Report of the Imperial Institute of Veterinary Research, Muktesar
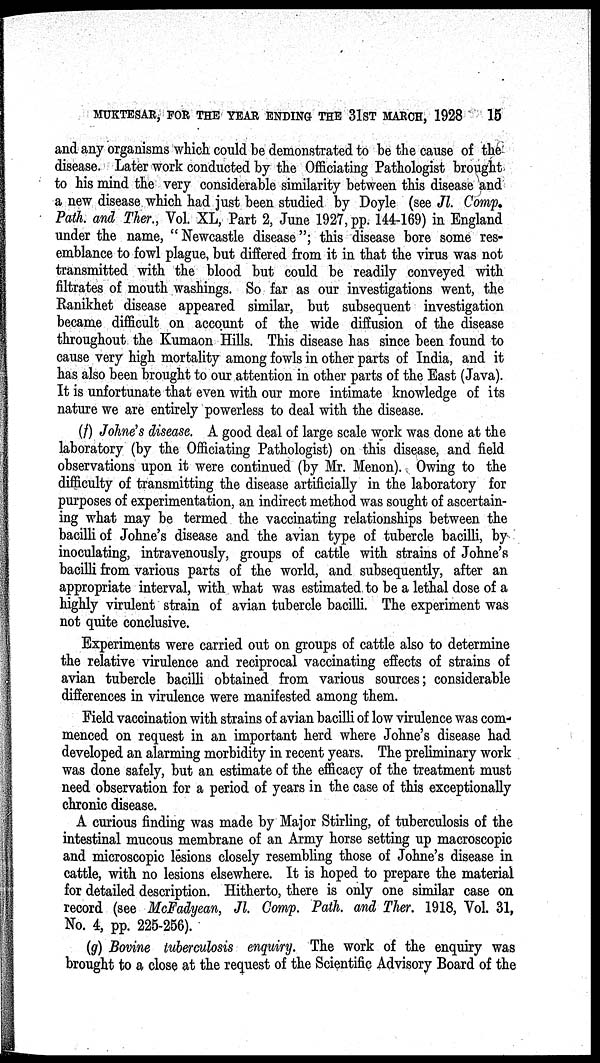
MUKTESAR, FOR THE YEAR ENDING THE 31ST MARCH, 1928
15
and any organisms which could be demonstrated to be the cause of the
disease. Later work conducted by the Officiating Pathologist brought
to his mind the very considerable similarity between this disease and
a new disease which had just been studied by Doyle (see Jl. Comp.
Path. and Ther., Vol. XL, Part 2, June 1927, pp. 144-169) in England
under the name, " Newcastle disease"; this disease bore some res-
emblance to fowl plague, but differed from it in that the virus was not
transmitted with the blood but could be readily conveyed with
filtrates of mouth washings. So far as our investigations went, the
Ranikhet disease appeared similar, but subsequent investigation
became difficult on account of the wide diffusion of the disease
throughout the Kumaon Hills. This disease has since been found to
cause very high mortality among fowls in other parts of India, and it
has also been brought to our attention in other parts of the East (Java).
It is unfortunate that even with our more intimate knowledge of its
nature we are entirely powerless to deal with the disease.
(f ) Johne's disease. A good deal of large scale work was done at the
laboratory (by the Officiating Pathologist) on this disease, and field
observations upon it were continued (by Mr. Menon). Owing to the
difficulty of transmitting the disease artificially in the laboratory for
purposes of experimentation, an indirect method was sought of ascertain-
ing what may be termed the vaccinating relationships between the
bacilli of Johne's disease and the avian type of tubercle bacilli, by
inoculating, intravenously, groups of cattle with strains of Johne's
bacilli from various parts of the world, and subsequently, after an
appropriate interval, with what was estimated to be a lethal dose of a
highly virulent strain of avian tubercle bacilli. The experiment was
not quite conclusive.
Experiments were carried out on groups of cattle also to determine
the relative virulence and reciprocal vaccinating effects of strains of
avian tubercle bacilli obtained from various sources; considerable
differences in virulence were manifested among them.
Field vaccination with strains of avian bacilli of low virulence was com-
menced on request in an important herd where Johne's disease had
developed an alarming morbidity in recent years. The preliminary work
was done safely, but an estimate of the efficacy of the treatment must
need observation for a period of years in the case of this exceptionally
chronic disease.
A curious finding was made by Major Stirling, of tuberculosis of the
intestinal mucous membrane of an Army horse setting up macroscopic
and microscopic lesions closely resembling those of Johne's disease in
cattle, with no lesions elsewhere. It is hoped to prepare the material
for detailed description. Hitherto, there is only one similar case on
record (see McFadyean, Jl. Comp. Path. and Ther. 1918, Vol. 31,
No. 4, pp. 225-256).
(g) Bovine tuberculosis enquiry. The work of the enquiry was
brought to a close at the request of the Scientific Advisory Board of the